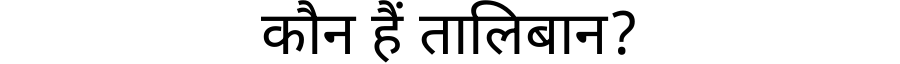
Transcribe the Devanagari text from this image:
कौन हैं तालिबान?